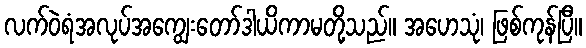
လက်ဝဲရံအလုပ်အကျွေးတော်ဒါယိကာမတို့သည်။ အဟေသုံ၊ ဖြစ်ကုန်ပြီ။